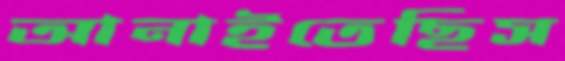
আনাইতেছিস